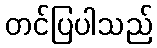
တင်ပြပါသည်